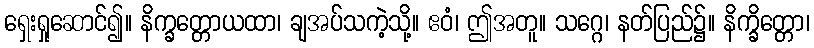
ရှေးရှုဆောင်၍။ နိက္ခတ္တောယထာ၊ ချအပ်သကဲ့သို့။ ဧဝံ၊ ဤအတူ။ သဂ္ဂေ၊ နတ်ပြည်၌။ နိက္ခိတ္တော၊